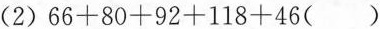
(2)$$6 6 + 8 0 + 9 2 + 1 1 8 + 4 6 ( )$$